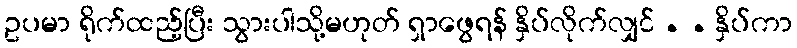
ဥပမာ ရိုက်ထည့်ပြီး သွားပါသို့မဟုတ် ရှာဖွေရန် နှိပ်လိုက်လျှင် . . နှိပ်ကာ